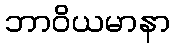
ဘာဝိယမာနာ